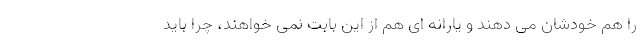
را هم خودشان می دهند و یارانه ای هم از این بابت نمی خواهند، چرا باید